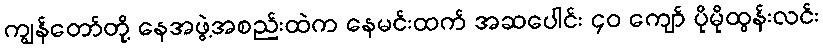
ကျွန်တော်တို့ နေအဖွဲ့အစည်းထဲက နေမင်းထက် အဆပေါင်း ၄၀ ကျော် ပိုမိုထွန်းလင်း